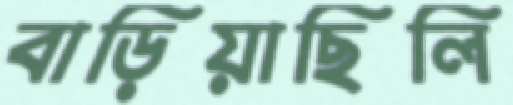
বাড়িয়াছিলি